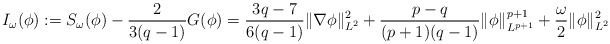
\begin{align*}I_\omega(\phi):= S_\omega(\phi)- \frac{2}{3(q-1)} G(\phi) = \frac{3q-7}{6(q-1)} \|\nabla \phi\|^2_{L^2} + \frac{p-q}{(p+1)(q-1)}\|\phi\|^{p+1}_{L^{p+1}} +\frac{\omega}{2} \|\phi\|^2_{L^2}\end{align*}